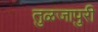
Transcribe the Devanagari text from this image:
तुळजापुरी